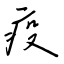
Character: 疫